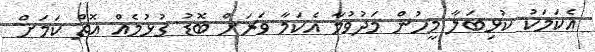
އެކަމަކު ކުޅިބަލާ މީހުން މަދުވުމާ އެކަމާ ވަރަށް ބޮޑު ގުޅުމެއް އޮތް ކަމަށް